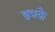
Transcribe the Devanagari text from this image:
इत्रके